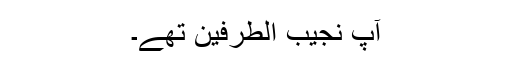
آپ نجیب الطرفین تھے۔